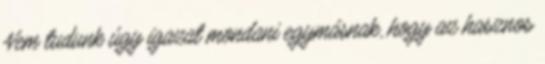
Nem tudunk úgy igazat mondani egymásnak, hogy az hasznos